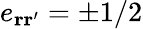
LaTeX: e_{\mathbf{r}\mathbf{r}^{\prime}}=\pm 1/2